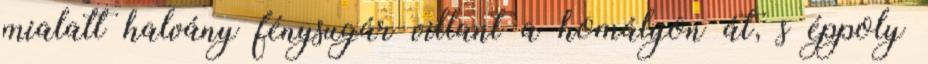
mialatt halvány fénysugár villant a homályon át, s éppoly